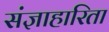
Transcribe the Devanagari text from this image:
संज्ञाहारिता